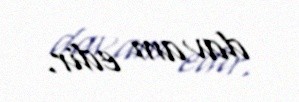
davam edir.